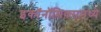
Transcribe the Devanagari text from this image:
इकाॅनाॅमिक्समध्ये